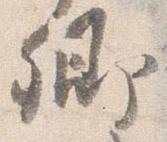
卿